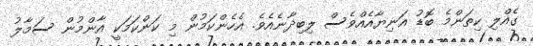
ގެއްލި ކިތަންމެ ބޮޑު އަނިޔާއެއްވެސް ލިބިދާނެއެވެ. އެހެންކަމުން މި ކަންކަމަކީ އާންމުން ސަމާލު